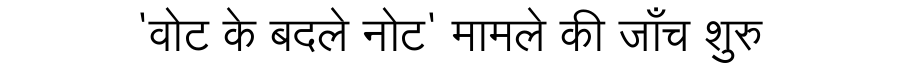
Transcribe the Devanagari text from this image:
'वोट के बदले नोट' मामले की जाँच शुरु